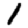
Digit: 1